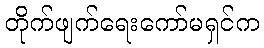
တိုက်ဖျက်ရေးကော်မရှင်က